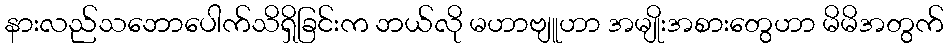
နားလည်သဘောပေါက်သိရှိခြင်းက ဘယ်လို မဟာဗျူဟာ အမျိုးအစားတွေဟာ မိမိအတွက်